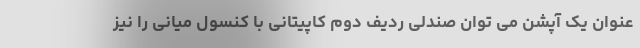
عنوان یک آپشن می توان صندلی ردیف دوم کاپیتانی با کنسول میانی را نیز